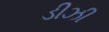
ડીઝી